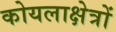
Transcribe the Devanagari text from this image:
कोयलाक्षेत्रों